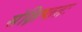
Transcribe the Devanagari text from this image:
संक्षिप्ततः